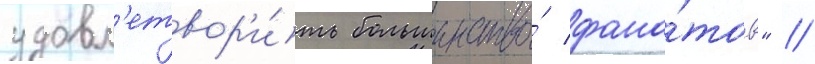
удовл'етвор'и́ть большинство́ фана́тов" //